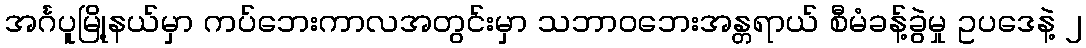
အင်္ဂပူမြို့နယ်မှာ ကပ်ဘေးကာလအတွင်းမှာ သဘာဝဘေးအန္တရာယ် စီမံခန့်ခွဲမှု ဥပဒေနဲ့ ၂